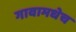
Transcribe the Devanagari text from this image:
गावामधेच